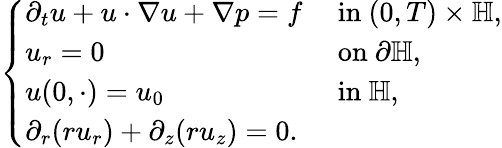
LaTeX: \begin{array}{r}{\left\{ \begin{array}{ll}{\partial_{t}u+u\cdot\nabla u+\nabla p=f}&{\mathrm{~in~}(0,T)\times\mathbb{H},}\\ {u_{r}=0}&{\mathrm{~on~}\partial\mathbb{H},}\\ {u(0,\cdot)=u_{0}}&{\mathrm{~in~}\mathbb{H},}\\ {\partial_{r}(ru_{r})+\partial_{z}(ru_{z})=0.}\end{array}\right.}\end{array}